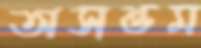
অসত্তম